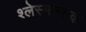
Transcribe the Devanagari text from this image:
श्लेस्मान्तक